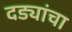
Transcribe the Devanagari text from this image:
दिंड्यांचा